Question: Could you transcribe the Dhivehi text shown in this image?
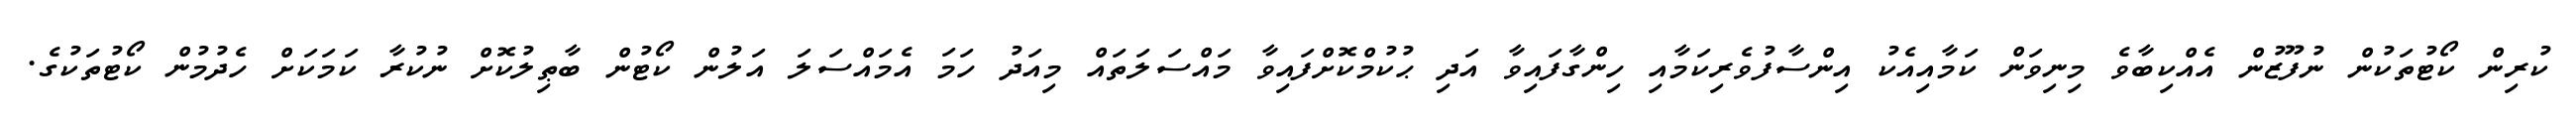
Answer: ކުރިން ކޯޓުތަކުން ނުފޫޒުން އެއްކިބާވެ މިނިވަން ކަމާއިއެކު އިންސާފުވެރިކަމާއި ހިންގާފައިވާ އަދި ޙުކުމްކޮށްފައިވާ މައްސަލަތައް މިއަދު ހަމަ އެމައްސަލަ އަލުން ކޯޓުން ބާޠިލުކޮށް ނުކުރާ ކަމަކަށް ހެދުމުން ކޯޓުތަކުގެ.